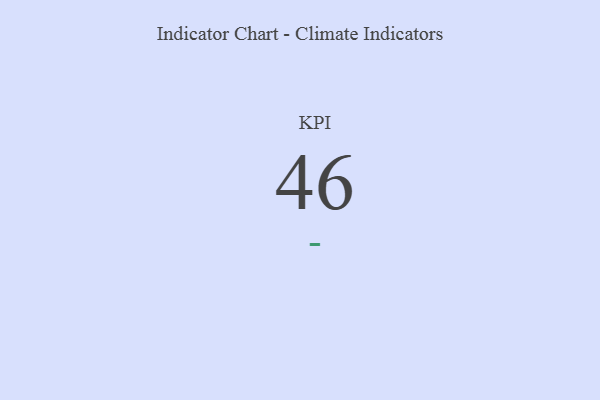
{"axis": {"x": "KPI", "y": "Value"}, "legend": [""], "data": [{"x": "KPI", "y": 46, "type": ""}]}